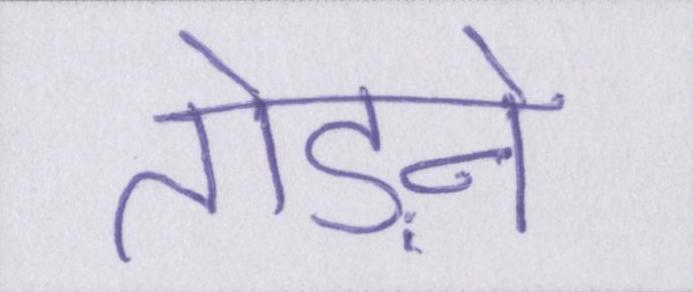
तोड़ने